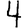
Digit: 4